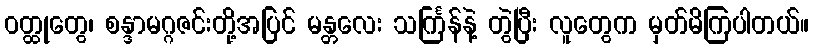
ဝတ္ထုတွေ၊ စန္ဒာမဂ္ဂဇင်းတို့အပြင် မန္တလေး သင်္ကြန်နဲ့ တွဲပြီး လူတွေက မှတ်မိကြပါတယ်။